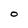
Character: 0